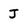
Character: J